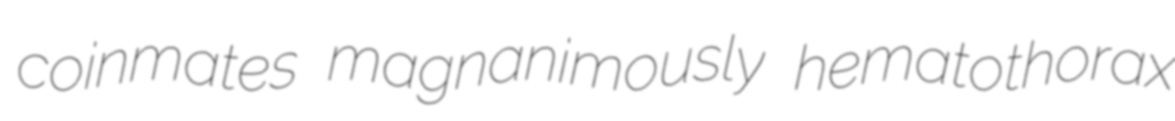
coinmates magnanimously hematothorax